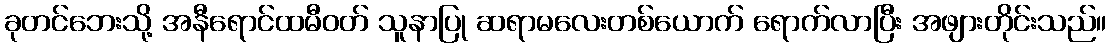
ခုတင်ဘေးသို့ အနီရောင်ထမီဝတ် သူနာပြု ဆရာမလေးတစ်ယောက် ရောက်လာပြီး အဖျားတိုင်းသည်။